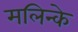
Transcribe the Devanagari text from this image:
मलिन्के